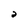
Character: a